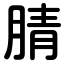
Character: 腈